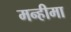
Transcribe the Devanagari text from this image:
मन्हीमा